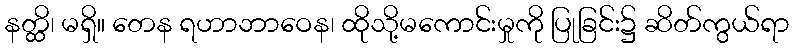
နတ္ထိ၊ မရှိ။ တေန ရဟာဘာဝေန၊ ထိုသို့မကောင်းမှုကို ပြုခြင်း၌ ဆိတ်ကွယ်ရာ